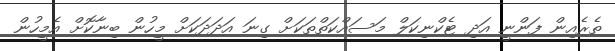
ތެރެއިން ފަންނީ އަދި ޓެކްނިކަލް މަސައްކަތްތަކަށް ގިނަ އަދަދަކަށް މީހުން ބިނާކޮށް އެމީހުން